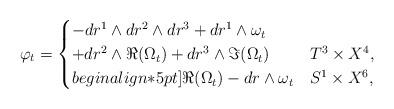
LaTeX: \begin{align*} \varphi_t = \begin{cases} - dr^1 \wedge dr^2 \wedge dr^3 + dr^1 \wedge \omega_t \\ + dr^2 \wedge \Re (\Omega_t) + dr^3 \wedge \Im (\Omega_t) & T^3 \times X^4, \\begin{align*}5pt] \Re (\Omega_t) - dr \wedge \omega_t & S^1 \times X^6, \end{cases}\end{align*}